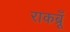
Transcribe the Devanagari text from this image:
राकब्रूँ